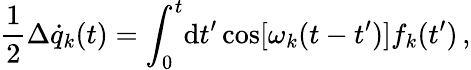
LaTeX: \frac{1}{2}\Delta\dot{q}_{k}(t)=\int_{0}^{t}\! \mathrm{d}t^{\prime}\cos[\omega_{k}(t-t^{\prime})]f_{k}(t^{\prime})\, ,